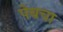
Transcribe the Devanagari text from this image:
पेबचा